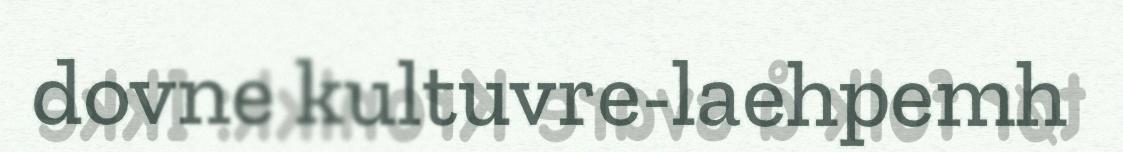
dovne kultuvre-laehpemh